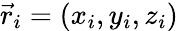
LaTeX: \vec{r}_{i}=(x_{i},y_{i},z_{i})